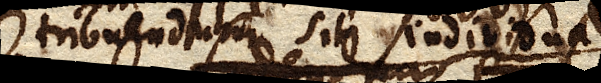
tribuendum sit individuali